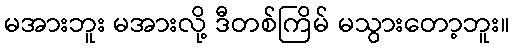
မအားဘူး မအားလို့ ဒီတစ်ကြိမ် မသွားတော့ဘူး။